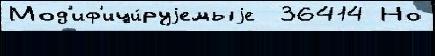
Мод'иф'ици́руjемыjе  36414 Но